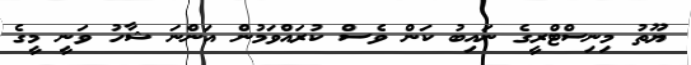
ޔޫތު މިނިސްޓްރީގެ ނައިބު ކަން ވެސް ކުރައްވަމުން އަންނަ ޝާހު ވަނީ މީގެ